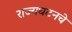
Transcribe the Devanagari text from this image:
राज्यघटनचे